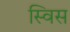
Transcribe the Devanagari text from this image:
स्‍विस